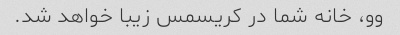
وو، خانه شما در کریسمس زیبا خواهد شد.